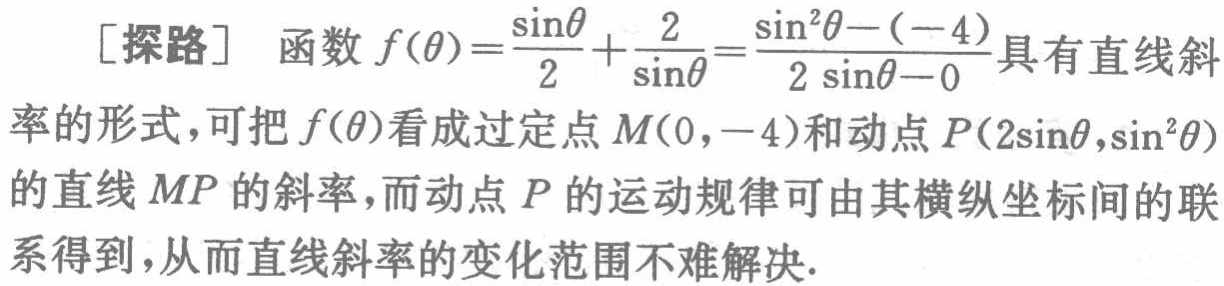
[探路] 函数 \(f(\theta)=\frac{\sin\theta}{2}+\frac{2}{\sin\theta}=\frac{\sin^{2}\theta - (-4)}{2\sin\theta - 0}\)具有直线斜率的形式，可把 \(f(\theta)\)看成过定点 \(M(0,-4)\)和动点 \(P(2\sin\theta,\sin^{2}\theta)\)的直线 \(MP\)的斜率，而动点 \(P\)的运动规律可由其横纵坐标间的联系得到，从而直线斜率的变化范围不难解决.